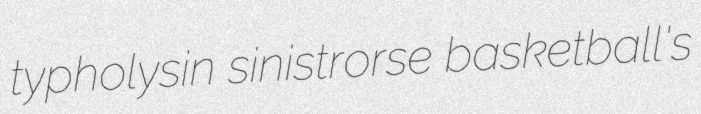
typholysin sinistrorse basketball's